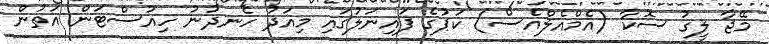
މޭޖާ ލީގު ސޮކާ (އެމްއެލްއެސް) ކަޕުގެ ފައިނަލުގައި މިއަދު ހެނދުނު ހިއުސްޓަން އަތުން